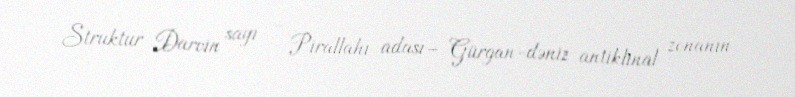
Struktur Darvin sayı – Pirallahı adası– Gürgan-dəniz antiklinal zonanın